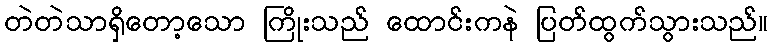
တဲတဲသာရှိတော့သော ကြိုးသည် ထောင်းကနဲ ပြတ်ထွက်သွားသည်။